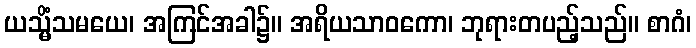
ယသ္မိံသမယေ၊ အကြင်အခါ၌။ အရိယသာဝကော၊ ဘုရားတပည့်သည်။ စာဂံ၊